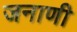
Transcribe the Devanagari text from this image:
जनाणी